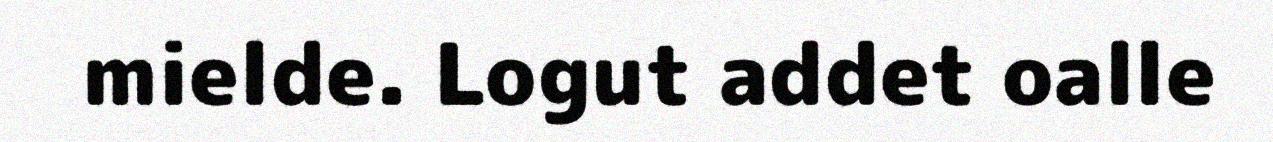
mielde. Logut addet oalle